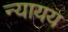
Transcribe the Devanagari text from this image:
न्यायय